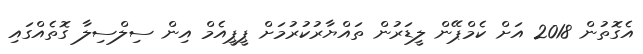
އެގޮތުން 2018 އަށް ކެމްޕޭން ލީޑަރުން ތައްޔާރުކުރުމަށް ޕީޕީއެމް އިން ސިލްސިލާ ގޮތެއްގައި